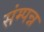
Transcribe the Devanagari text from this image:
संम्पन्न